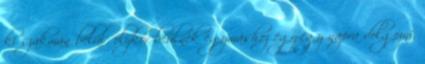
ki szakmán belül, olykor beülnek egymáshoz egy-egy napra dolgozni,